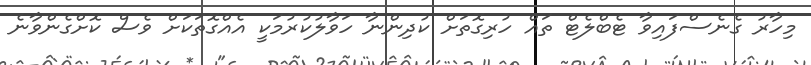
މިހާރު ގެނެސްފައިވާ ޓެބްލެޓް ތައް ހުރިގޮތަށް ކުދިންނާ ހަވާލުކުރުމަކީ އެއްގޮތަކަށް ވެސް ކޮށްގެންވާނެ